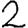
Digit: 2